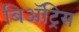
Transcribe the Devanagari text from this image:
बिॲट्रिस